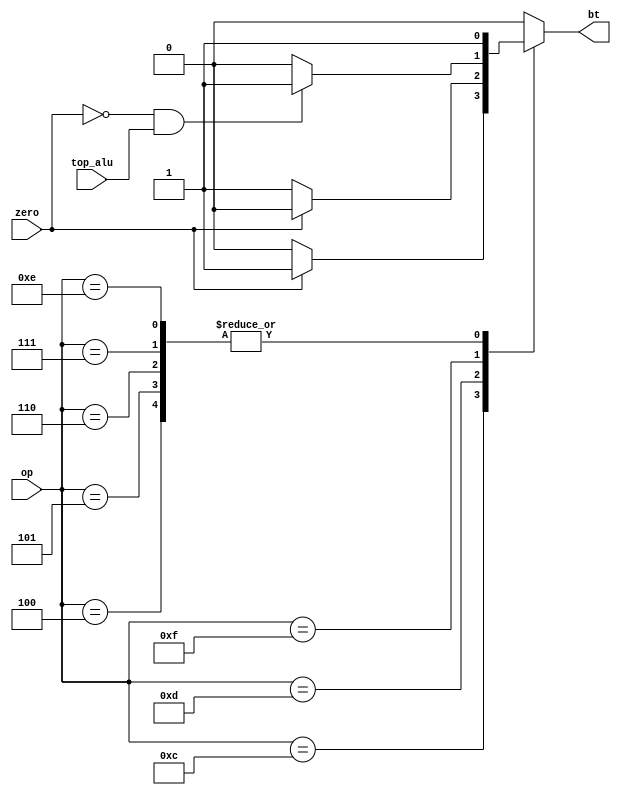
module branch_logic (op, zero, top_alu, bt);
   
   // inputs
   input [4:0] op;
   input       zero;
   input       top_alu;
   
   // outputs
   output reg  bt;

   // parameters
   parameter BEQZ = 5'b01100;
   parameter BNEZ = 5'b01101;
   parameter BLTZ = 5'b01111;
   parameter JUMP = 5'b00100;
   parameter JR   = 5'b00101;
   parameter JAL  = 5'b00110;
   parameter JALR = 5'b00111;
   parameter RET  = 5'b01110;
   
   always@(*) begin
      case (op)
	BEQZ : bt = (zero == 1'b1) ? 1'b1 : 1'b0;
	BNEZ : bt = (zero == 1'b1) ? 1'b0 : 1'b1;
	BLTZ : bt = (zero == 1'b0 && top_alu == 1'b1) ? 1'b1 : 1'b0;
        JUMP : bt = 1;
        JR   : bt = 1;
        JAL  : bt = 1;
        JALR : bt = 1;
        RET  : bt = 1;
        default : bt = 0;
      endcase
   end
endmodule